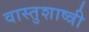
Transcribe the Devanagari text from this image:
वास्तुशाष्त्री